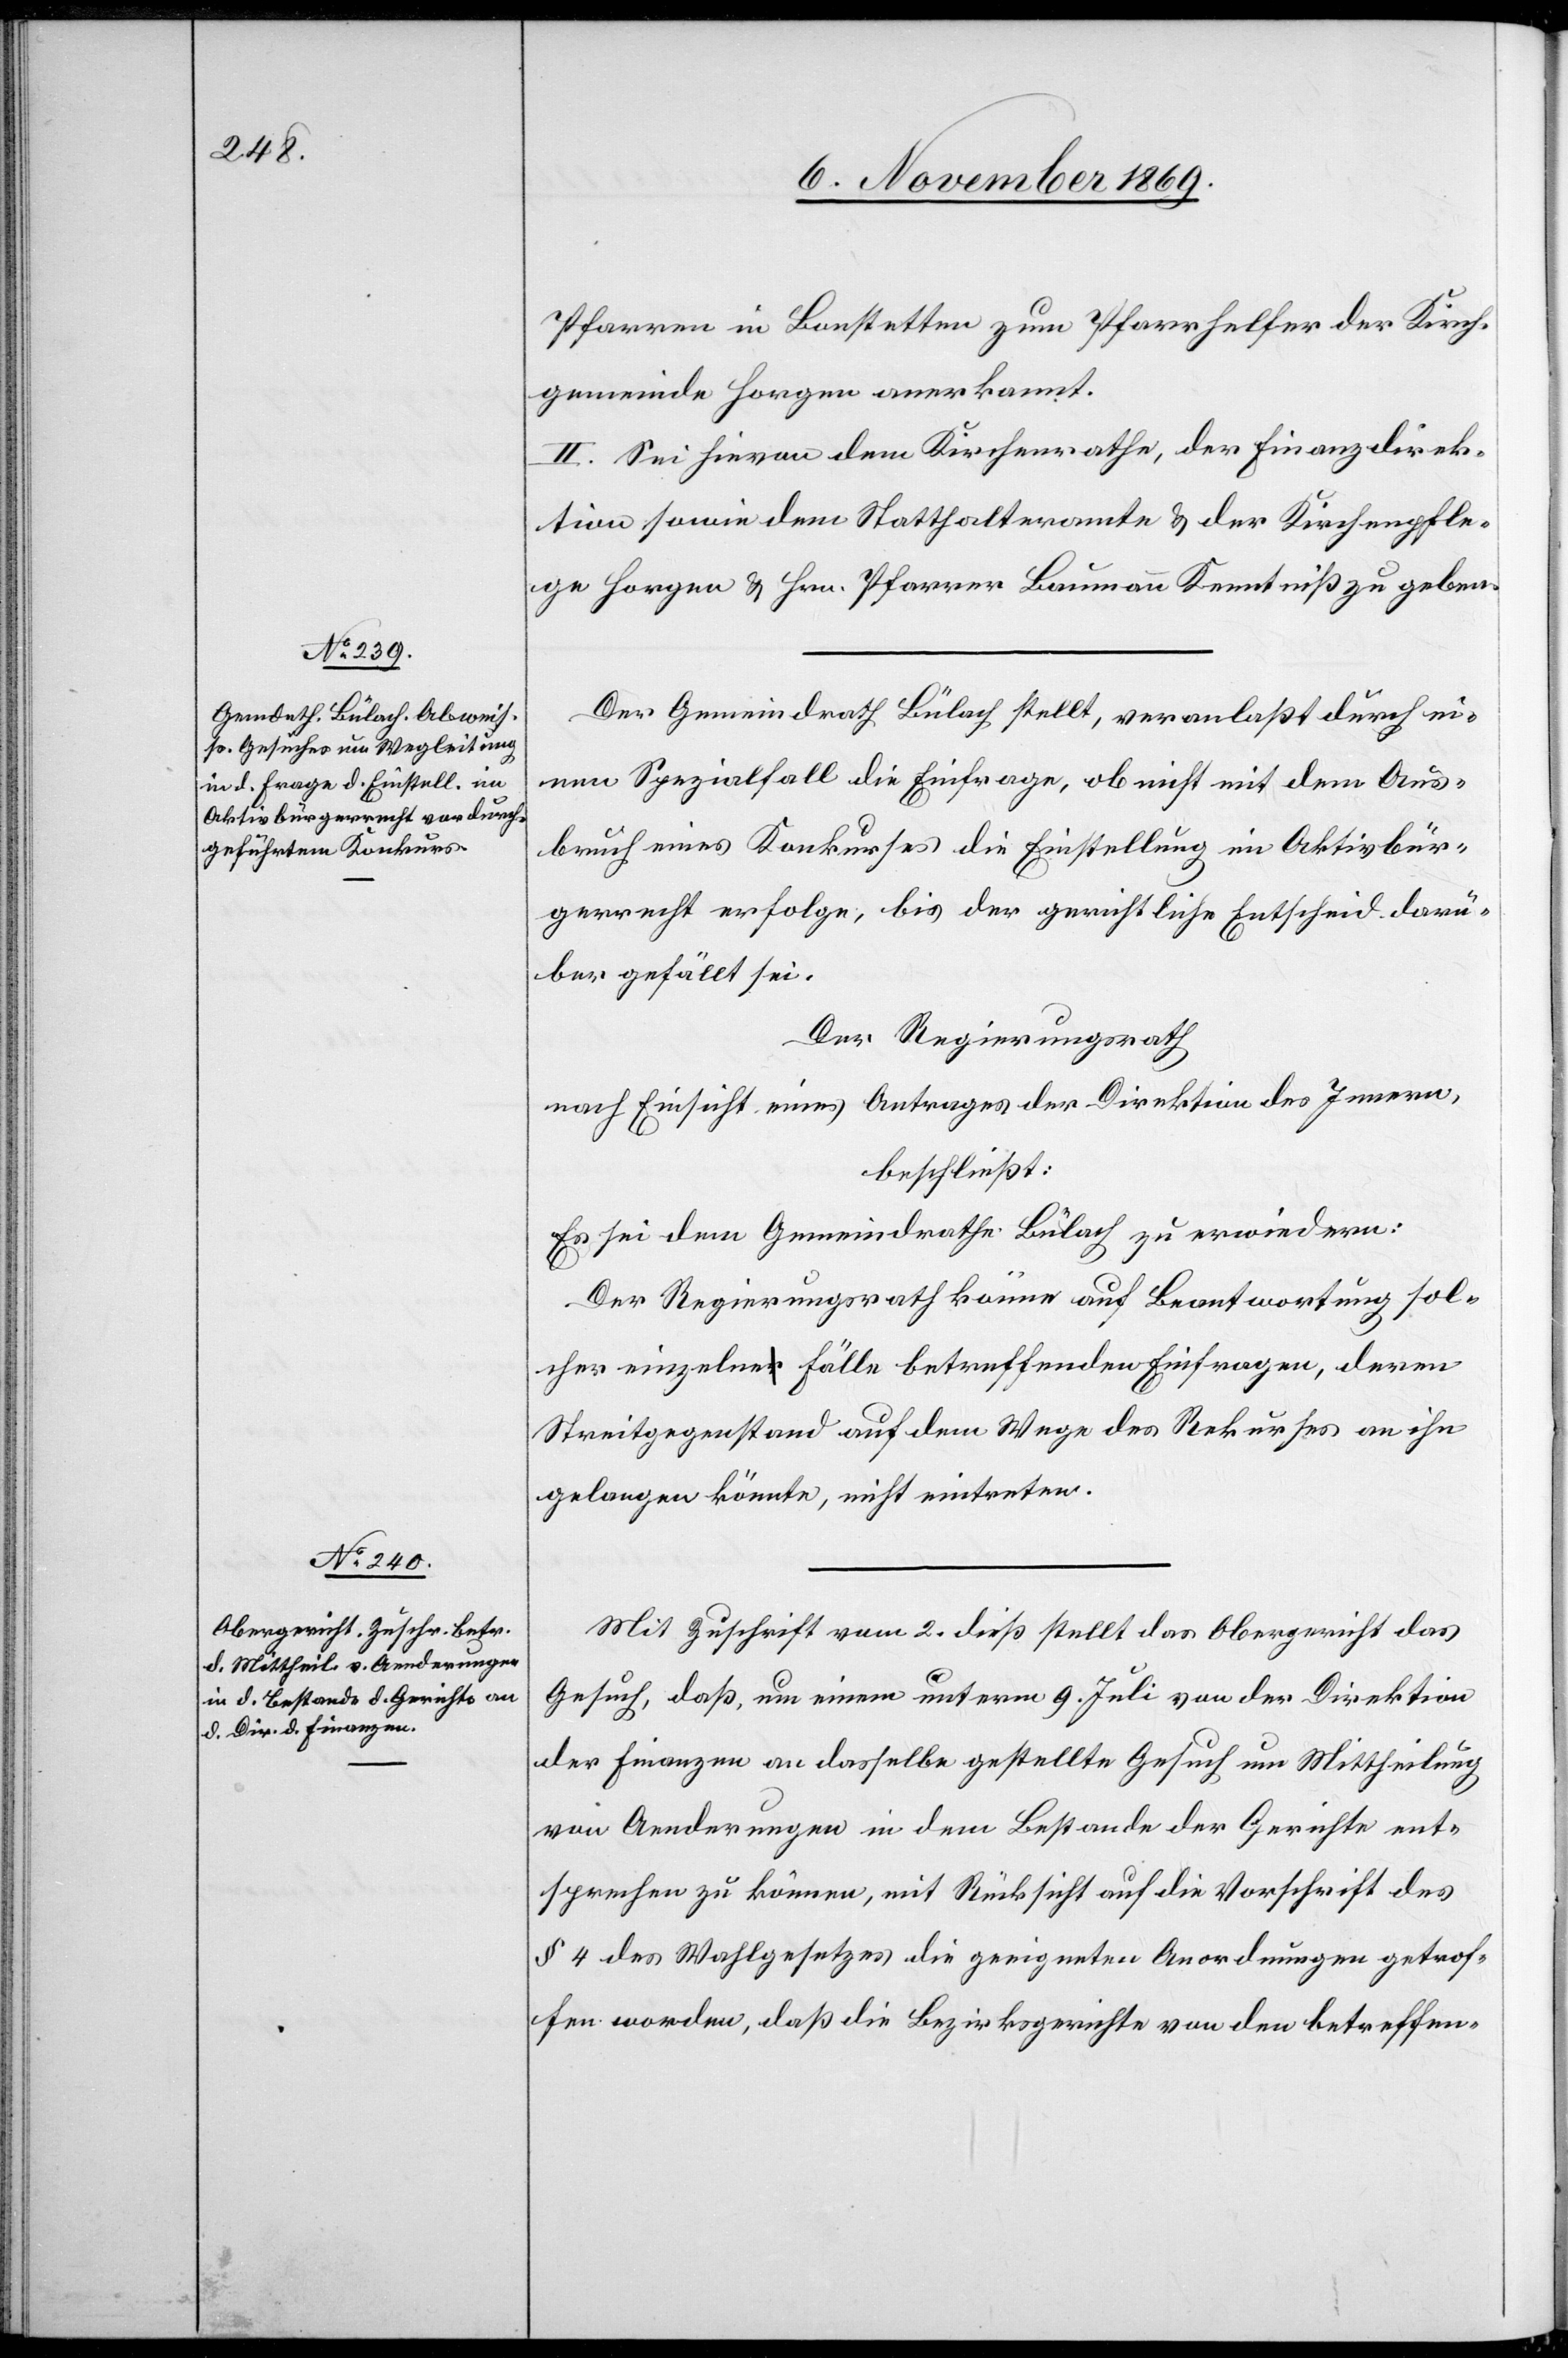
Pfarren in Bonstetten zum Pfarrhelfer der Kirch¬
gemeinde Horgen anerkannt.
II. Sei hievon dem Kirchenrathe, der Finanzdirek¬
tion sowie dem Statthalteramte & der Kirchenpfle¬
ge Horgen & Hrn. Pfarrer Baumann Kenntniß zu geben.
Der Gemeindrath Bülach stellt, veranlaßt durch ei¬
nen Spezialfall die Einfrage, ob nicht mit dem Aus¬
bruch eines Konkurses die Einstellung im Aktivbür¬
gerrecht erfolge, bis der gerichtliche Entscheid darü¬
ber gefällt sei.
Der Regierungsrath
nach Einsicht eines Antrages der Direktion des Innern,
beschließt:
Es sei dem Gemeindrathe Bülach zu erwiedern:
Der Regierungsrath könne auf Beantwortung sol¬
cher einzelne Fälle betreffenden Einfragen, deren
Streitgegenstand auf dem Wege des Rekurses an ihn
gelangen könnte, nicht eintreten.
Mit Zuschrift vom 2. dieß stellt das Obergericht das
Gesuch, daß, um einem unterm 9. Juli von der Direktion
der Finanzen an dasselbe gestellte Gesuch um Mittheilung
von Aenderungen in dem Bestande der Gerichte ent¬
sprechen zu können, mit Rücksicht auf die Vorschrift des
§ 4 des Wahlgesetzes die geeigneten Anordnungen getrof¬
fen worden, daß die Bezirksgerichte von den betreffen-